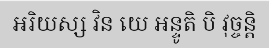
អរិយស្ស វិន យេ អន្ទូតិ បិ វុច្ចន្តិ